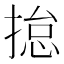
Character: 𢰾